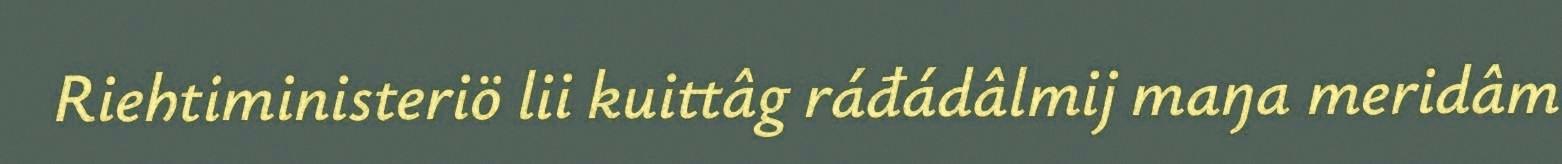
Riehtiministeriö lii kuittâg ráđádâlmij maŋa meridâm